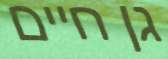
גן חיים